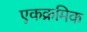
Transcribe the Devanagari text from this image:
एकक्रमिक